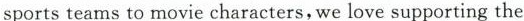
sportsteams to movie characters,we love supporting the